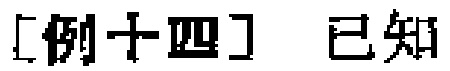
[例十四] 已知